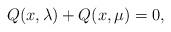
LaTeX: \begin{align*} Q(x,\lambda) + Q(x,\mu)=0, \end{align*}